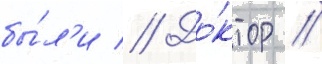
бы́л'и // До́ктор //